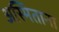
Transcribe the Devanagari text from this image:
अस्मिताना